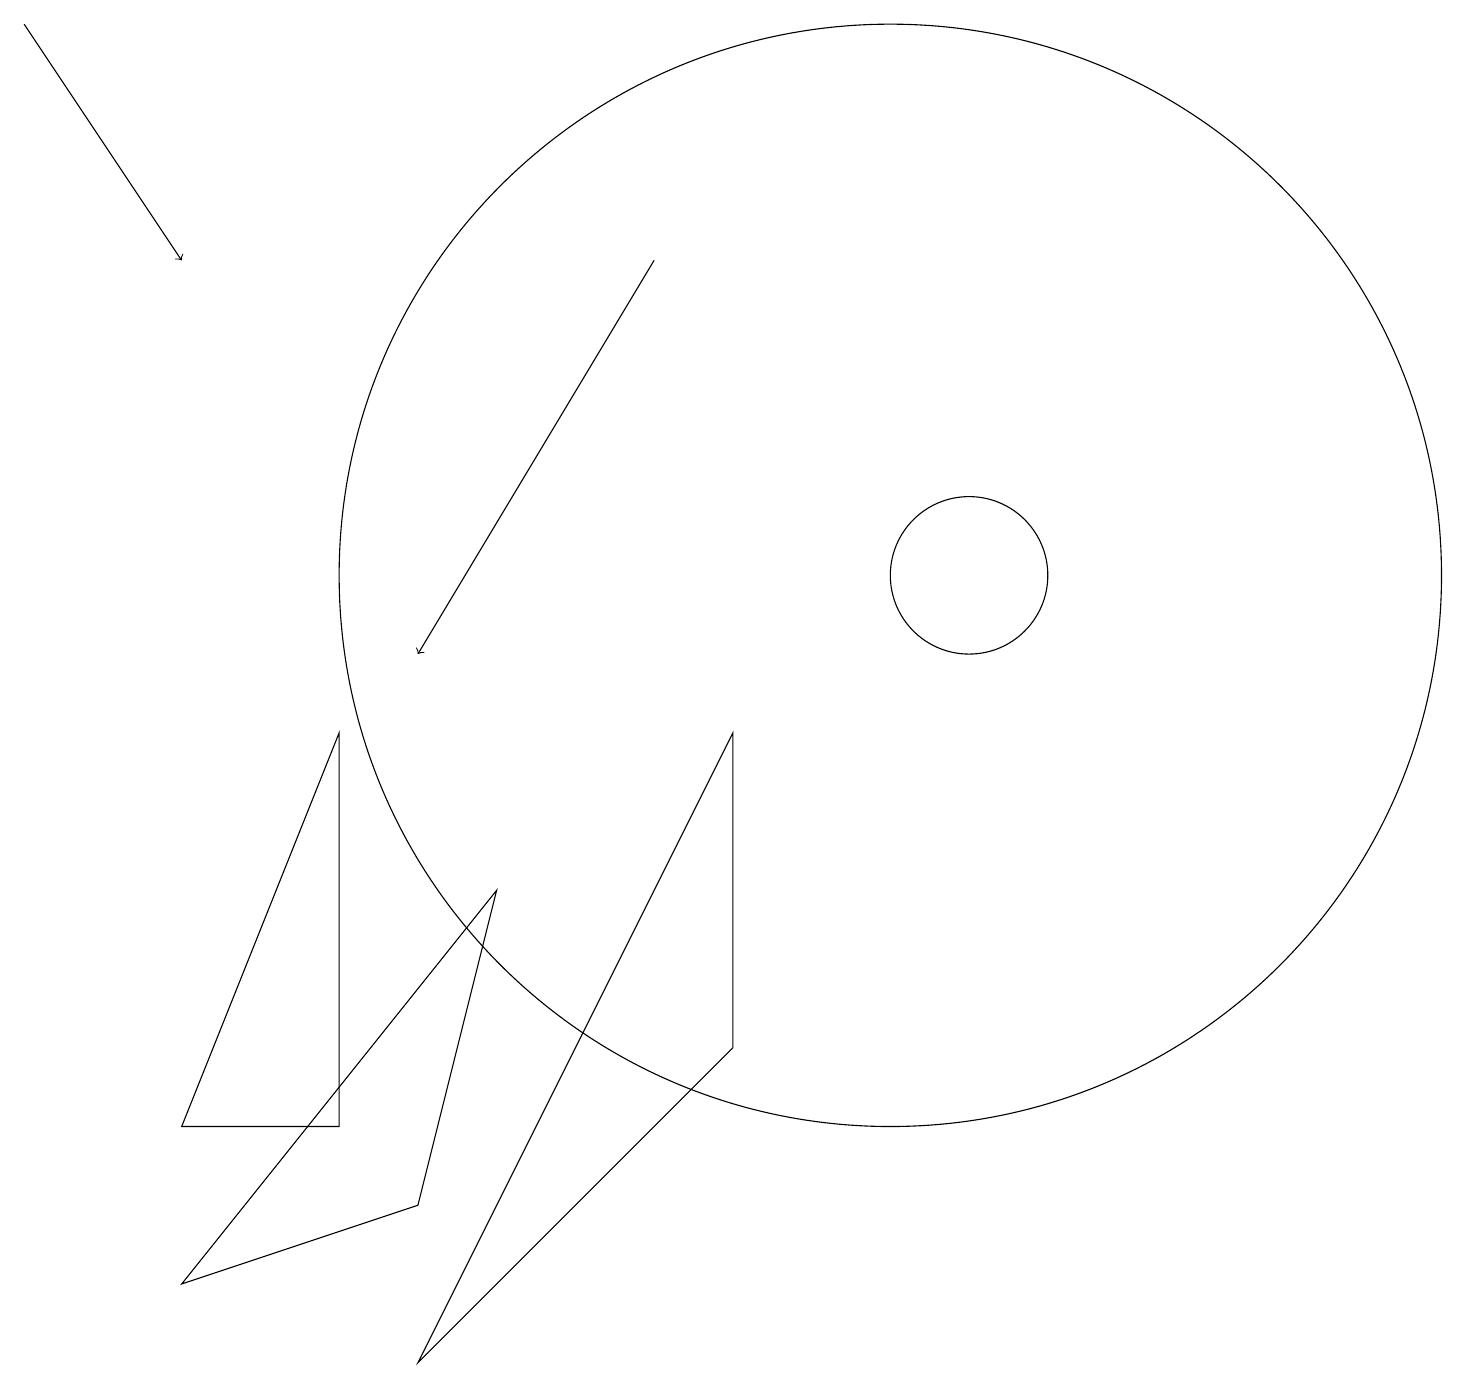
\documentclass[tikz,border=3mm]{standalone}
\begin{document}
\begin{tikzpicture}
\draw (9,9) -- (9,5) -- (5,1) -- cycle;
\draw (2,4) -- (4,9) -- (4,4) -- cycle;
\draw[->] (8,15) -- (5,10);
\draw (11,11) circle (7);
\draw (12,11) circle (1);
\draw[->] (0,18) -- (2,15);
\draw (5,3) -- (2,2) -- (6,7) -- cycle;
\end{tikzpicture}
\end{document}